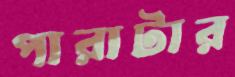
পারাটার